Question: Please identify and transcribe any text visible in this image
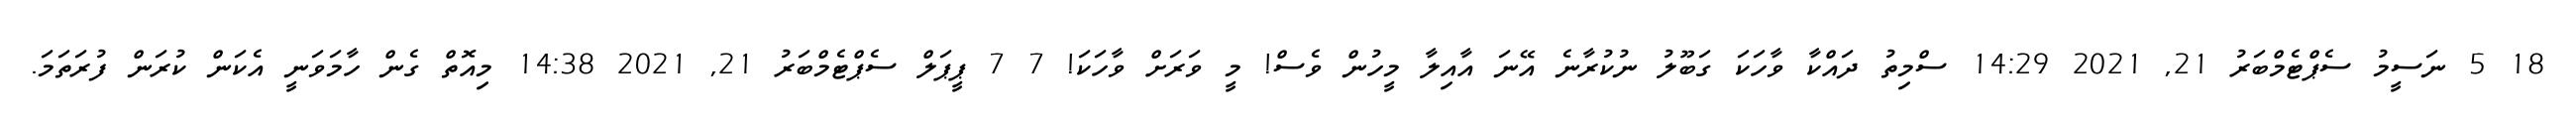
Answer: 18 5 ނަސީމު ސެޕްޓެމްބަރު 21, 2021 14:29 ސްމިތު ދައްކާ ވާހަކަ ގަބޫލު ނުކުރާނެ އޭނަ އާއިލާ މީހުން ވެސް! މީ ވަރަށް ވާހަކަ! 7 7 ޕީޕަލް ސެޕްޓެމްބަރު 21, 2021 14:38 މިއޮތް ގެން ހާމަވަނީ އެކަން ކުރަން ފުރަތަމަ.